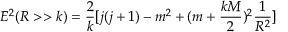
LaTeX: E ^ { 2 } ( R > > k ) = \frac { 2 } { k } [ j ( j + 1 ) - m ^ { 2 } + ( m + \frac { k M } { 2 } ) ^ { 2 } \frac { 1 } { R ^ { 2 } } ]